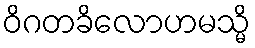
ဝိဂတခိလောဟမသ္မိ